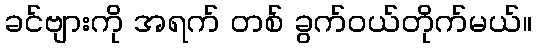
ခင်ဗျားကို အရက် တစ် ခွက်ဝယ်တိုက်မယ်။